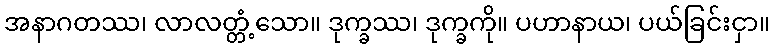
အနာဂတဿ၊ လာလတ္တံ့သော။ ဒုက္ခဿ၊ ဒုက္ခကို။ ပဟာနာယ၊ ပယ်ခြင်းငှာ။